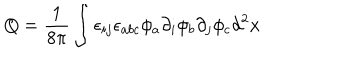
LaTeX: Q = \frac { 1 } { 8 \pi } \int \epsilon _ { i j } \epsilon _ { a b c } \phi _ { a } \partial _ { i } \phi _ { b } \partial _ { j } \phi _ { c } d ^ { 2 } x